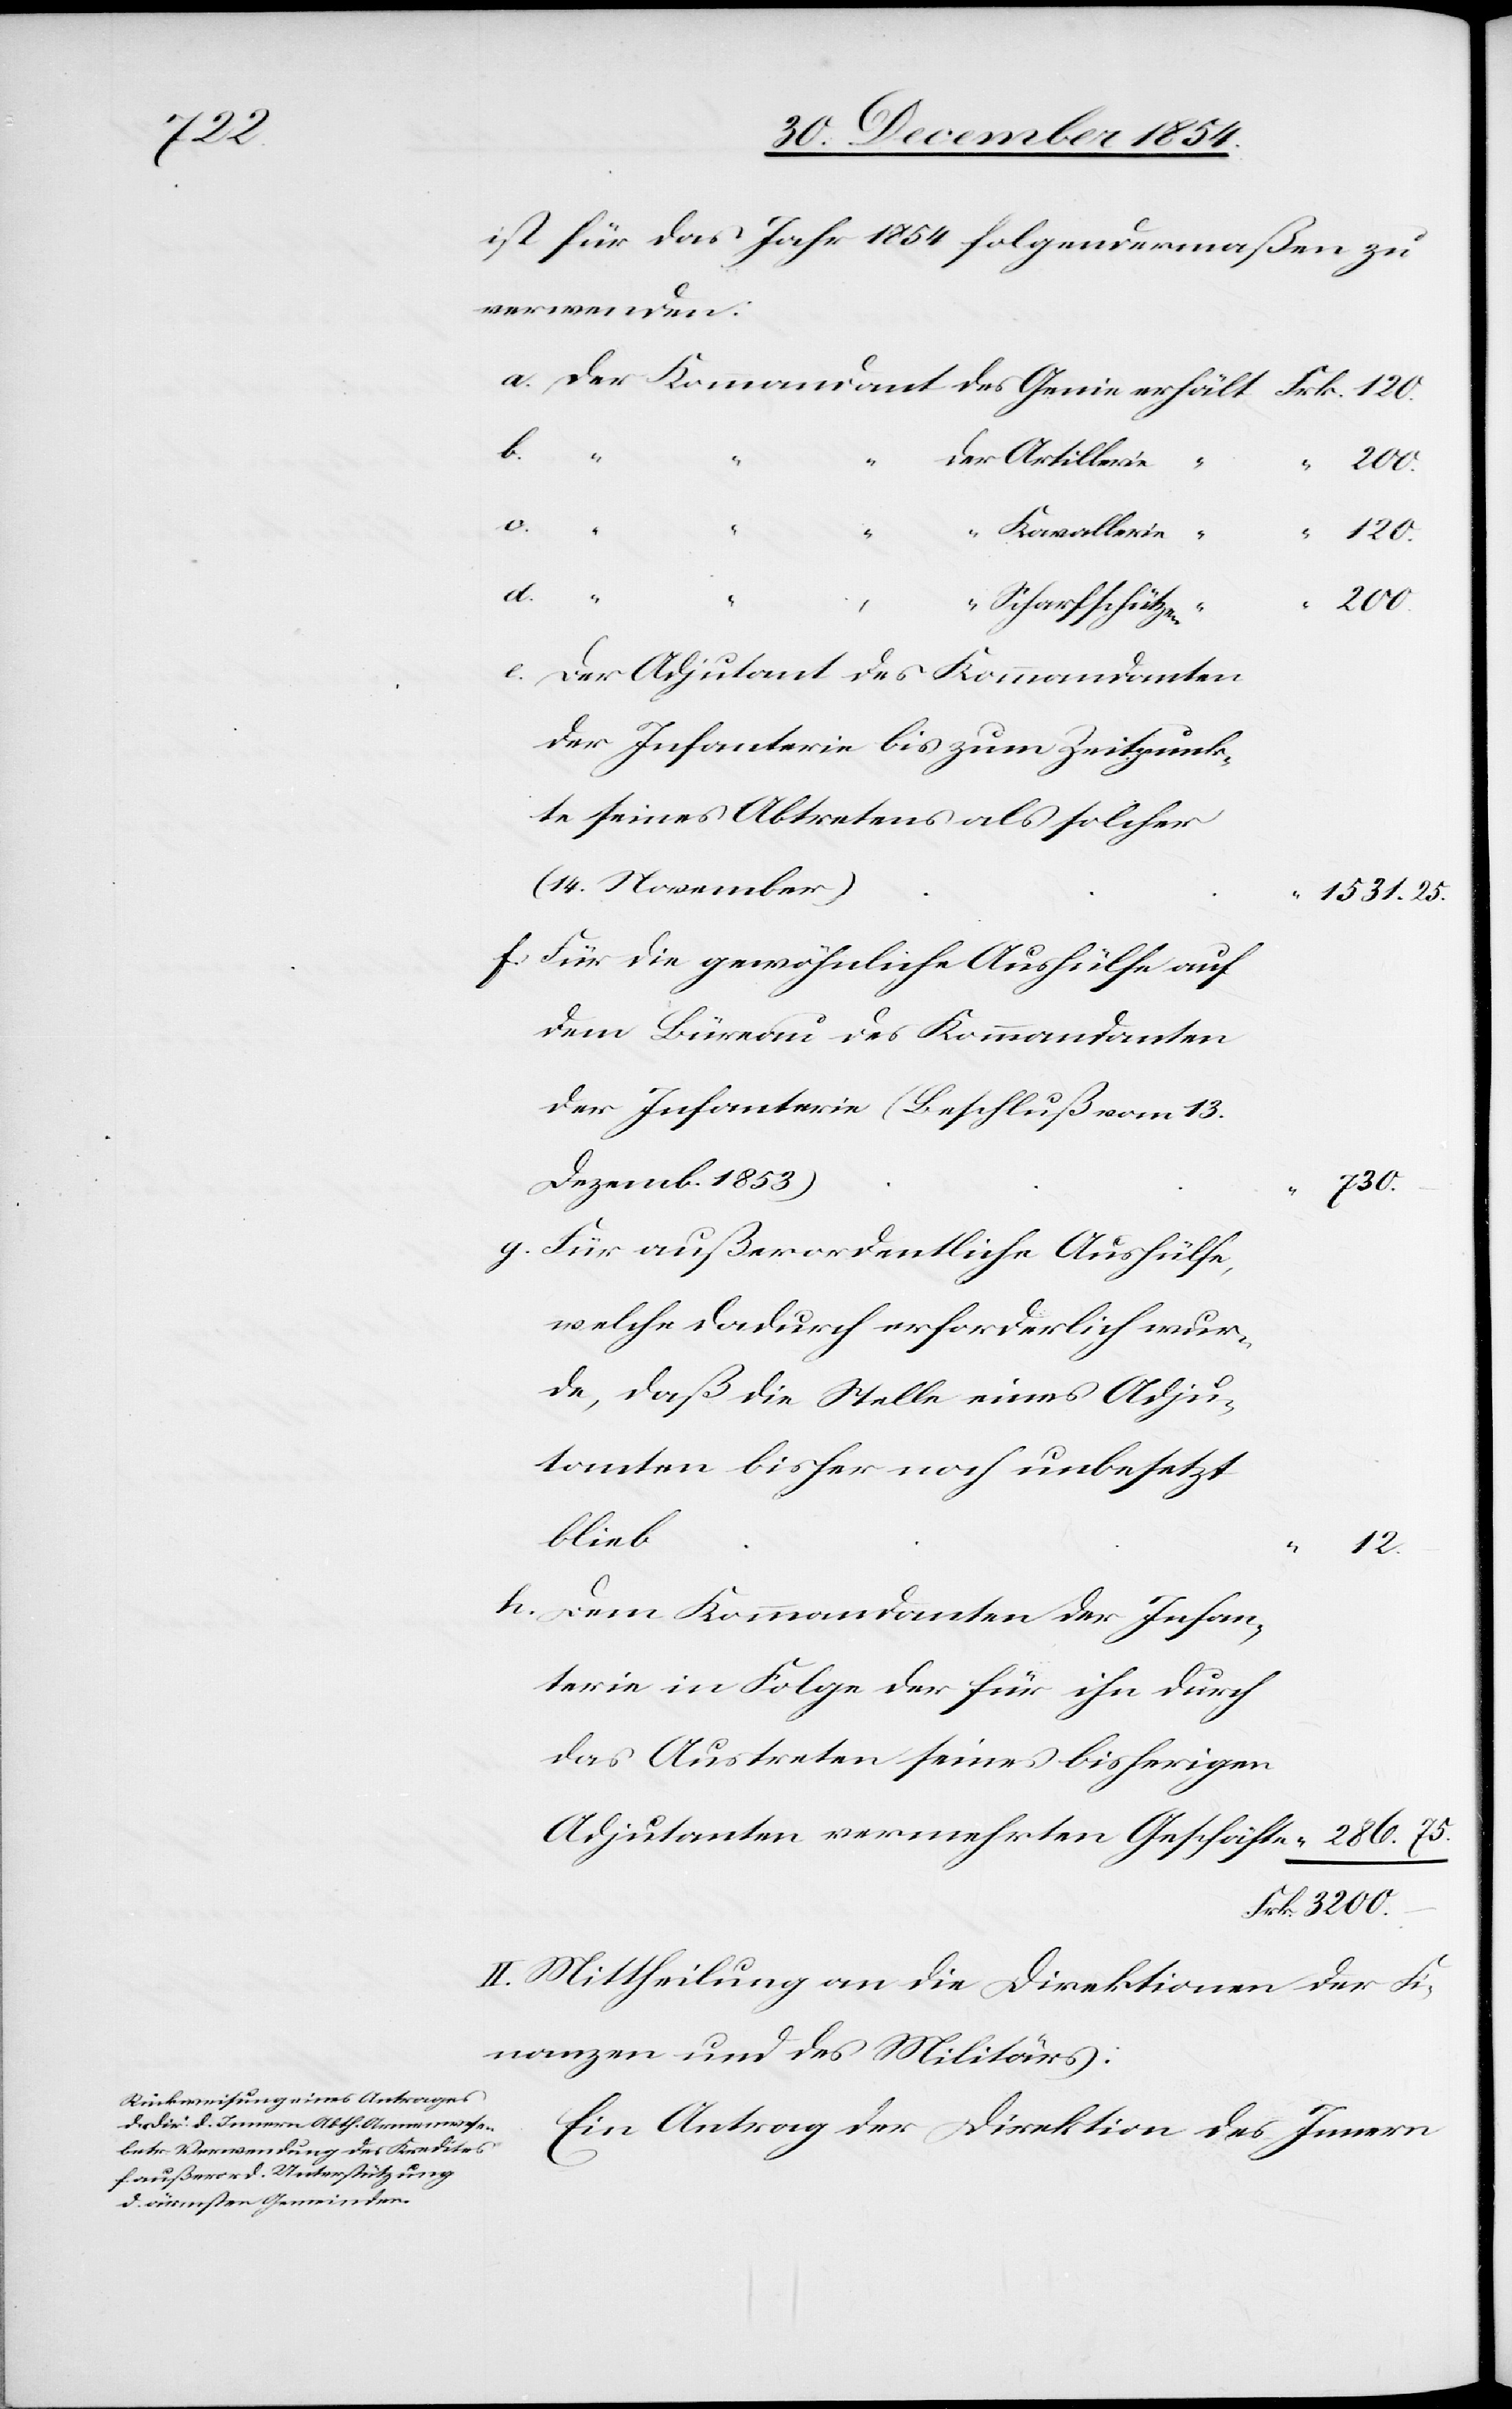
ist für das Jahr 1854 folgendermaßen zu
verwenden:
c.
Kavallerie
“
75.
Frk.
3200.
Scharfschützen
Der Adjutant des Kommandanten
der Infanterie bis zum Zeitpunk¬
t seines Abtretens als solcher
(14. November)
1531. 25.
Für die gewöhnliche Aushülfe auf
dem Büreau des Kommandanten
der Infanterie (Beschluß vom 13.
Dezemb. 1853)
730.
Für außerordentliche Aushülfe,
welche dadurch erforderlich wur¬
de, daß die Stelle eines Adju¬
tanten bisher noch unbesetzt
blieb
Dem Kommandanten der Infan¬
terie in Folge der für ihn durch
das Austreten seines bisherigen
Adjutanten vermehrten Geschäfte
II. Mittheilung an die Direktionen der Fi¬
nanzen und des Militärs.
Ein Antrag der Direktion des Innern